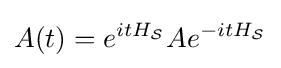
A(t)=e^{itH_{\mathcal {S}}}Ae^{-itH_{\mathcal {S}}}